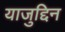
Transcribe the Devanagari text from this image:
याजुद्दिन